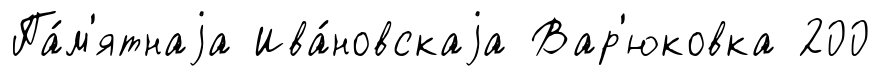
Па́м'ятнаjа Ива́новскаjа Вар'юковка 200